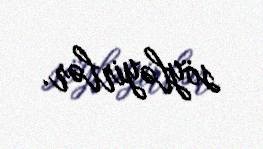
söyləyirlər.